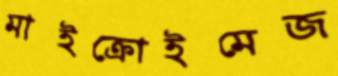
মাইক্রোইমেজ